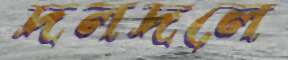
দলদলে